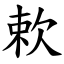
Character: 欶